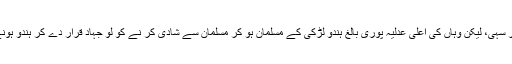
آئینی طور پر سیکولر سہی، لیکن وہاں کی اعلیٰ عدلیہ پوری بالغ ہندو لڑکی کے مسلمان ہو کر مسلمان سے شادی کر نے کو لو جہاد قرار دے کر ہندو ہونے کا ثبوت دیتی ہے۔